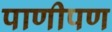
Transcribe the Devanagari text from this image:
पाणीपण